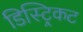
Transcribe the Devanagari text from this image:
डिस्ट्रिकट